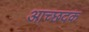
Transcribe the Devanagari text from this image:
आच्छदक